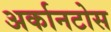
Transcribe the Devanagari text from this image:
अर्कानटोस